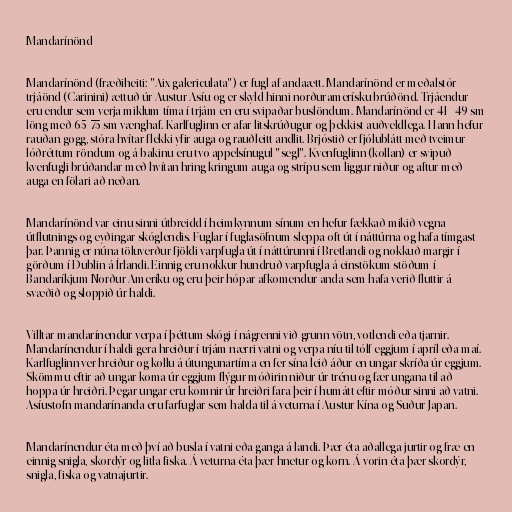
Mandarínönd

Mandarínönd (fræðiheiti: "Aix galericulata") er fugl af andaætt. Mandarínönd er meðalstór
trjáönd (Carinini) ættuð úr Austur-Asíu og er skyld hinni norðuramerísku brúðönd. Trjáendur
eru endur sem verja miklum tíma í trjám en eru svipaðar buslöndum. Mandarínönd er 41 - 49 sm
löng með 65-75 sm vænghaf. Karlfuglinn er afar litskrúðugur og þekkist auðveldlega. Hann hefur
rauðan gogg, stóra hvítar flekki yfir auga og rauðleitt andlit. Brjóstið er fjólublátt með tveimur
lóðréttum röndum og á bakinu eru tvo appelsínugul "segl". Kvenfuglinn (kollan) er svipuð
kvenfugli brúðandar með hvítan hring kringum auga og strípu sem liggur niður og aftur með
auga en fölari að neðan.

Mandarínönd var einu sinni útbreidd í heimkynnum sínum en hefur fækkað mikið vegna
útflutnings og eyðingar skóglendis. Fuglar í fuglasöfnum sleppa oft út í náttúrna og hafa tímgast
þar. Þannig er núna töluverður fjöldi varpfugla út í náttúrunni í Bretlandi og nokkuð margir í
görðum í Dublin á Írlandi. Einnig eru nokkur hundruð varpfugla á einstökum stöðum í
Bandaríkjum Norður-Ameríku og eru þeir hópar afkomendur anda sem hafa verið fluttir á
svæðið og sloppið úr haldi.

Villtar mandarínendur verpa í þéttum skógi í nágrenni við grunn vötn, votlendi eða tjarnir.
Mandarínendur í haldi gera hreiður í trjám nærri vatni og verpa níu til tólf eggjum í apríl eða maí.
Karlfuglinn ver hreiður og kollu á útungunartíma en fer sína leið áður en ungar skríða úr eggjum.
Skömmu eftir að ungar koma úr eggjum flýgur móðirin niður úr trénu og fær ungana til að
hoppa úr hreiðri. Þegar ungar eru komnir úr hreiðri fara þeir í humátt eftir móður sinni að vatni.
Asíustofn mandarínanda eru farfuglar sem halda til á veturna í Austur-Kína og Suður-Japan.

Mandarínendur éta með því að busla í vatni eða ganga á landi. Þær éta aðallega jurtir og fræ en
einnig snigla, skordýr og litla fiska. Á veturna éta þær hnetur og korn. Á vorin éta þær skordýr,
snigla, fiska og vatnajurtir.